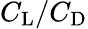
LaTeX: C_{\mathrm{{L}}}/C_{\mathrm{D}}